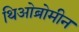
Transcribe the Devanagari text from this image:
थिओब्रोमीन